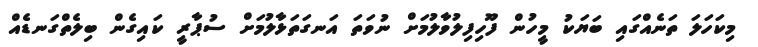
މިކަހަލަ ތަނެއްގައި ބަޔަކު މީހުން ފޫހިފިލުވާލުމަށް ނުވަތަ އަނގަތަޅާލުމަށް ސުޕާރީ ކައިގެން ބިލެތްގަނޑެއް